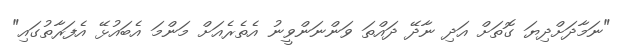
"ނަމާދަށްދިޔަ ގޮތަށް އަދި ނާދޭ ދައްތަ ވަންނަންވީނު އެތެރެއަށް މަންމަ އެބައުޅޭ އެފަރާތުގައި"